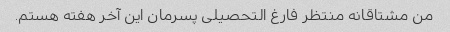
من مشتاقانه منتظر فارغ التحصیلی پسرمان این آخر هفته هستم.